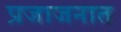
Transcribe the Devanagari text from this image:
प्रजाजनात